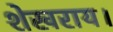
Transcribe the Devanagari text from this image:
शेखराय।